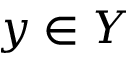
y \in Y